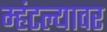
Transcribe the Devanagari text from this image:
म्हंटल्यावर